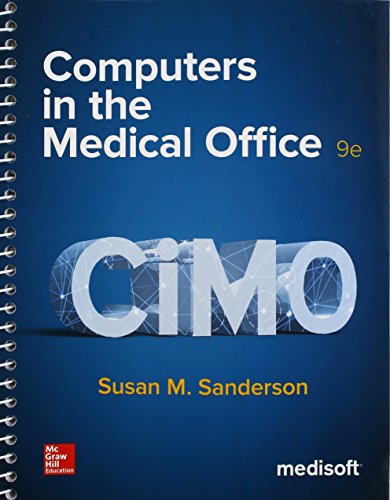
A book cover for Computers in the Medical Office; Susan Sanderson; Medical Books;